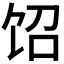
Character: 𲋤